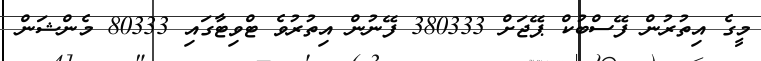
މީގެ އިތުރުން ފޭސްބުކް ޕޭޖަށް 380333 ފޭނުން އިތުރުވެ ޓްވިޓާގައި 80333 މެންޝަން